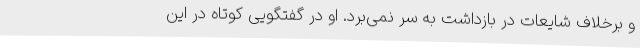
و برخلاف شایعات در بازداشت به سر نمی‌برد. او در گفتگویی کوتاه در این